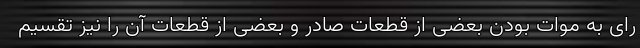
رای به موات بودن بعضی از قطعات صادر و بعضی از قطعات آن را نیز تقسیم